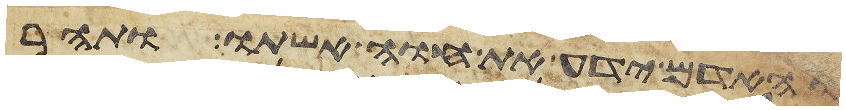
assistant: והאדם ידע את חוה אשתו ותהר